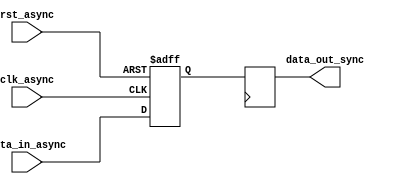
module async_fifo_synchronizer (
    // Inputs
    input wire clk_async, // Asynchronous clock
    input wire rst_async, // Asynchronous reset
    input wire data_in_async, // Data input from asynchronous FIFO
    
    // Outputs
    output reg data_out_sync // Data output to synchronous system
);

reg data_in_sync;

always @ (posedge clk_async or posedge rst_async) begin
    if (rst_async) begin
        data_in_sync <= 1'b0;
    end else begin
        data_in_sync <= data_in_async;
    end
end

always @ (posedge clk_sync) begin
    data_out_sync <= data_in_sync;
end

endmodule